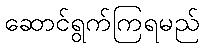
ဆောင်ရွက်ကြရမည်